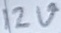
Text: 12V